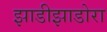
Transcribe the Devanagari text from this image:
झाडीझाडोरा